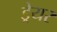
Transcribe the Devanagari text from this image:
ड्रेयर